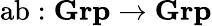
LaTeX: {\mathrm{ab}}:{\textbf{Grp}}\to{\textbf{Grp}}